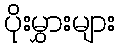
ပိုးမွှားများ